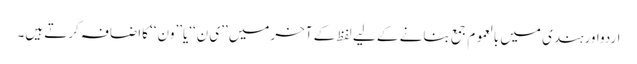
اردواورہندی میں بالعموم جمع بنانے کے لیے لفظ کے آخرمیں ’’ی ن‘‘یا’’ون‘‘ کااضافہ کرتے ہیں۔